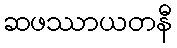
ဆဖဿာယတနီ